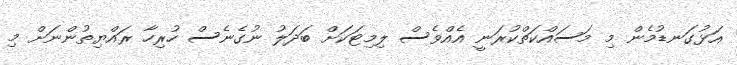
އަޅުގަނޑުމެން މި މަސައްކަތްކުރަނީ އެއްވެސް ލިމިޓަކަށް ބަދަލު ނުގެނެސް ހުރިހާ ރައްޔިތުންނަށް މި